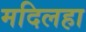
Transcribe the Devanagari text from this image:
मदिलहा